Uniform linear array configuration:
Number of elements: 24
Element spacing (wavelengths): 0.75
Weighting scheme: exponential
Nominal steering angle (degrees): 30
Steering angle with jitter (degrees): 30.397
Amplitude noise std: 0.05
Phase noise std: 0.05

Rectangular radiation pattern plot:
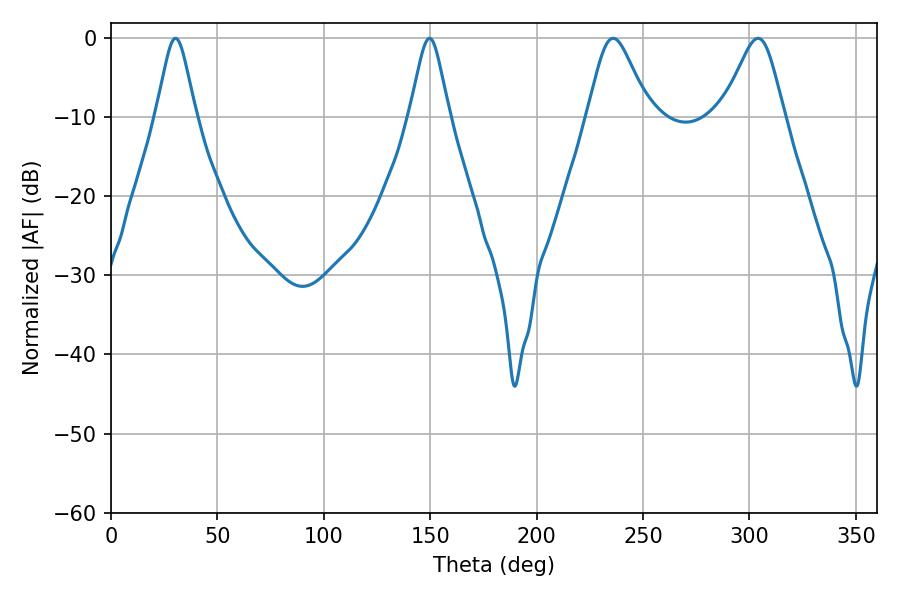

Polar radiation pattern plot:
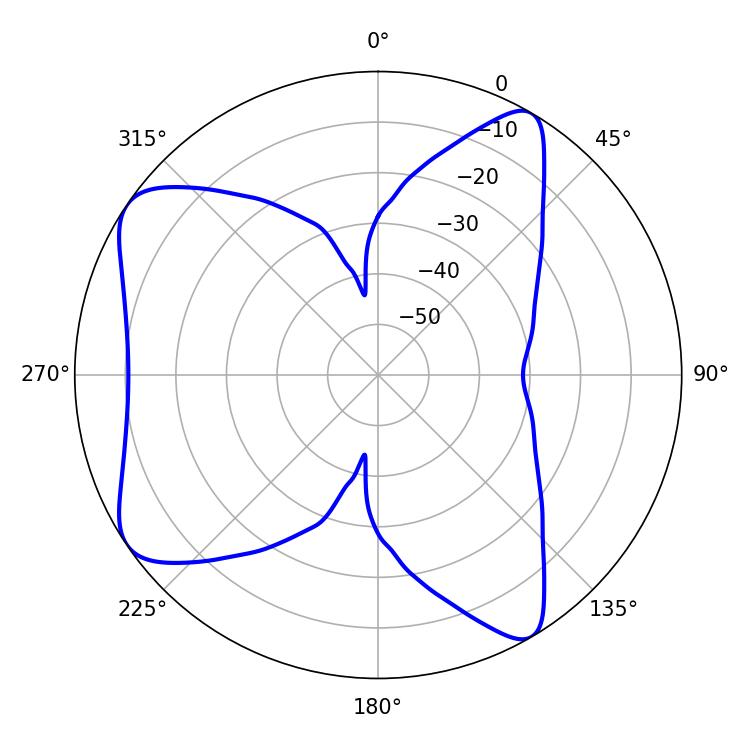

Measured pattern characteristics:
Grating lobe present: TRUE
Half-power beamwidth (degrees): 14.04
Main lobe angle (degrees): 235.98